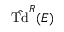
{ \hat { \mathrm { T d } } } ^ { R } ( E )